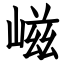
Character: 嵫